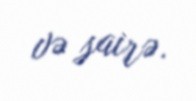
və sairə.